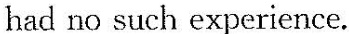
had no such experience.